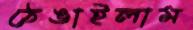
ঠেঙাইলাম